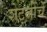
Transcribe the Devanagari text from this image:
शेटजींचे